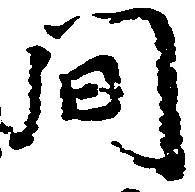
間